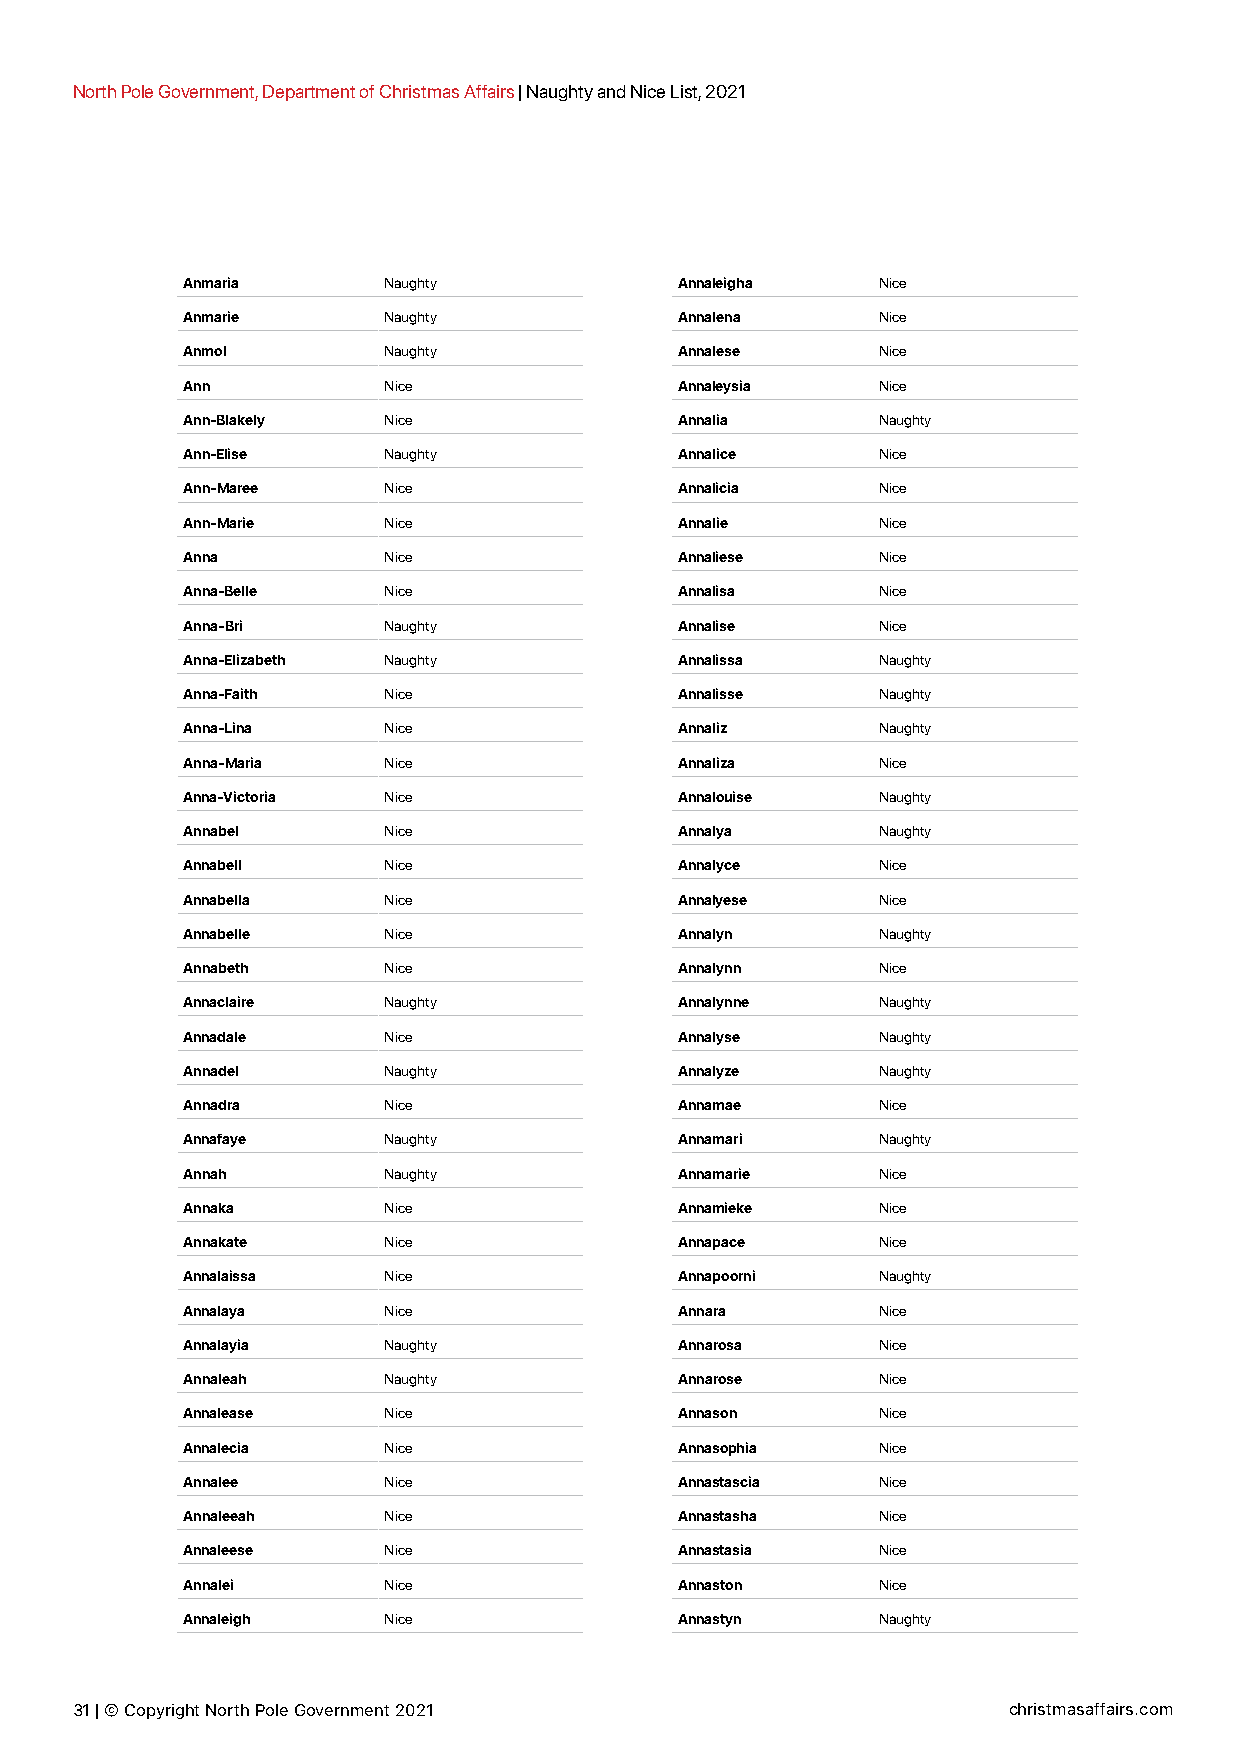
North Pole Government, Department of Christmas Affairs | Naughty and Nice List, 2021
 Anmaria      Naughty             Annaleigha   Nice
 Anmarie      Naughty             Annalena     Nice
 Anmol        Naughty             Annalese     Nice
 Ann          Nice                Annaleysia   Nice
 Ann-Blakely  Nice                Annalia      Naughty
 Ann-Elise    Naughty             Annalice     Nice
 Ann-Maree    Nice                Annalicia    Nice
 Ann-Marie    Nice                Annalie      Nice
 Anna         Nice                Annaliese    Nice
 Anna-Belle   Nice                Annalisa     Nice
 Anna-Bri     Naughty             Annalise     Nice
 Anna-Elizabeth Naughty           Annalissa    Naughty
 Anna-Faith   Nice                Annalisse    Naughty
 Anna-Lina    Nice                Annaliz      Naughty
 Anna-Maria   Nice                Annaliza     Nice
 Anna-Victoria Nice               Annalouise   Naughty
 Annabel      Nice                Annalya      Naughty
 Annabell     Nice                Annalyce     Nice
 Annabella    Nice                Annalyese    Nice
 Annabelle    Nice                Annalyn      Naughty
 Annabeth     Nice                Annalynn     Nice
 Annaclaire   Naughty             Annalynne    Naughty
 Annadale     Nice                Annalyse     Naughty
 Annadel      Naughty             Annalyze     Naughty
 Annadra      Nice                Annamae      Nice
 Annafaye     Naughty             Annamari     Naughty
 Annah        Naughty             Annamarie    Nice
 Annaka       Nice                Annamieke    Nice
 Annakate     Nice                Annapace     Nice
 Annalaissa   Nice                Annapoorni   Naughty
 Annalaya     Nice                Annara       Nice
 Annalayia    Naughty             Annarosa     Nice
 Annaleah     Naughty             Annarose     Nice
 Annalease    Nice                Annason      Nice
 Annalecia    Nice                Annasophia   Nice
 Annalee      Nice                Annastascia  Nice
 Annaleeah    Nice                Annastasha   Nice
 Annaleese    Nice                Annastasia   Nice
 Annalei      Nice                Annaston     Nice
 Annaleigh    Nice                Annastyn     Naughty
 31 | © Copyright North Pole Government 2021                   christmasaffairs.com